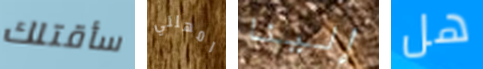
سأقتلك امهلني إلينا هل